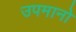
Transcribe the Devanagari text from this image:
उपमानो